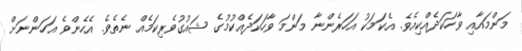
މަންމައާއި ވާހަކަދެއްކިއެވެ. އެކަމަކު އަހަރެންނާ މަންމަ ވާހަކަދެއްކުމުގެ ޝައުގުވެރިކަމެއް ނެތެވެ. އެހެންވެ އަހަންނަށް